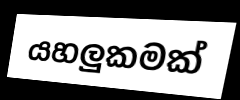
යහලුකමක්